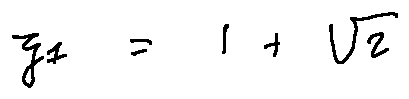
z _ { 1 } = 1 + \sqrt { 2 }